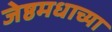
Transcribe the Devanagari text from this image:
जेष्ठमधाच्या